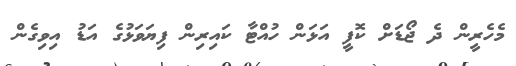
މެހެރީން ދެ ޖޯޑަށް ކޮފީ އަޅަން ހުއްޓާ ކައިރިން ފިޔަވަޅުގެ އަޑު އިވިގެން